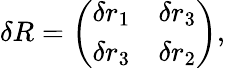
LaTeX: \delta R=\left(\begin{array}{crc}{{\delta r_{1}}}&{{\delta r_{3}}}\\ {{\delta r_{3}}}&{{\delta r_{2}}}\end{array}\right),